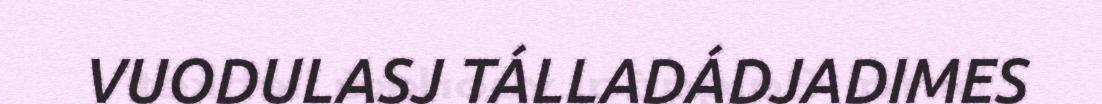
VUODULASJ TÁLLADÁDJADIMES